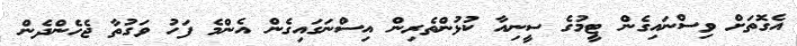
އެގޮތަށް ވިސްނައިގެން ޓީމުގެ ސީނިއާ ކުޅުންތެރިން އިސްނަގައިގެން އެންމެ ފަހު ވަގުތާ ޖެހެންދެން